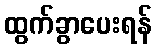
ထွက်ခွာပေးရန်